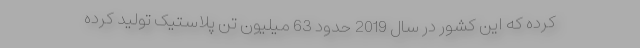
کرده که این کشور در سال 2019 حدود 63 میلیون تن پلاستیک تولید کرده